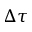
\Delta \tau